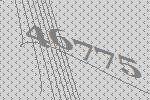
46775